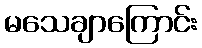
မသေချာကြောင်း